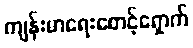
ကျန်းမာရေးစောင့်ရှောက်